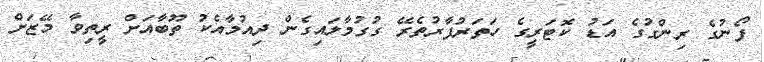
ފޯނުގެ ރިންގުގެ އަޑު ކޮޓަރީގެ ހަތަރުފާރުތެރޭ ގުގުމާލައިގެން ދިއުމާއެކު ތޫބާއަށް ރީތިވާ މޭޒަށް